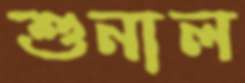
শুনাল